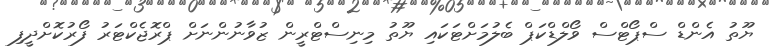
ޔޫތު އެންޑް ސްޕޯޓްސް ވޯލްޑްކަޕް ބެލުމަށްޓަކައި ޔޫތު މިނިސްޓްރީން ޒުވާނުންނަށް ޕްރޮޖެކްޓަރު ފޯރުކޮށްދީފި